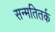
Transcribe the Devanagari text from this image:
सन्मतितर्क